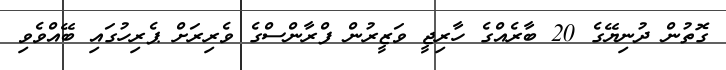
ގޮތުން ދުނިޔޭގެ 20 ބާރެއްގެ ހާރިޖީ ވަޒީރުން ފްރާންސްގެ ވެރިރަށް ޕެރިހުގައި ބޭއްވެވި